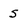
Character: S